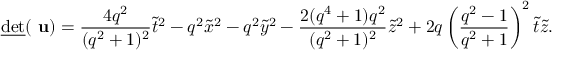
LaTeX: \underline { { { \mathrm { d e t } } } } ( \mathrm { \bf ~ u } ) = \frac { 4 q ^ { 2 } } { ( q ^ { 2 } + 1 ) ^ { 2 } } \tilde { t } ^ { 2 } - q ^ { 2 } \tilde { x } ^ { 2 } - q ^ { 2 } \tilde { y } ^ { 2 } - \frac { 2 ( q ^ { 4 } + 1 ) q ^ { 2 } } { ( q ^ { 2 } + 1 ) ^ { 2 } } \tilde { z } ^ { 2 } + 2 q \left( \frac { q ^ { 2 } - 1 } { q ^ { 2 } + 1 } \right) ^ { 2 } \tilde { t } \tilde { z } .